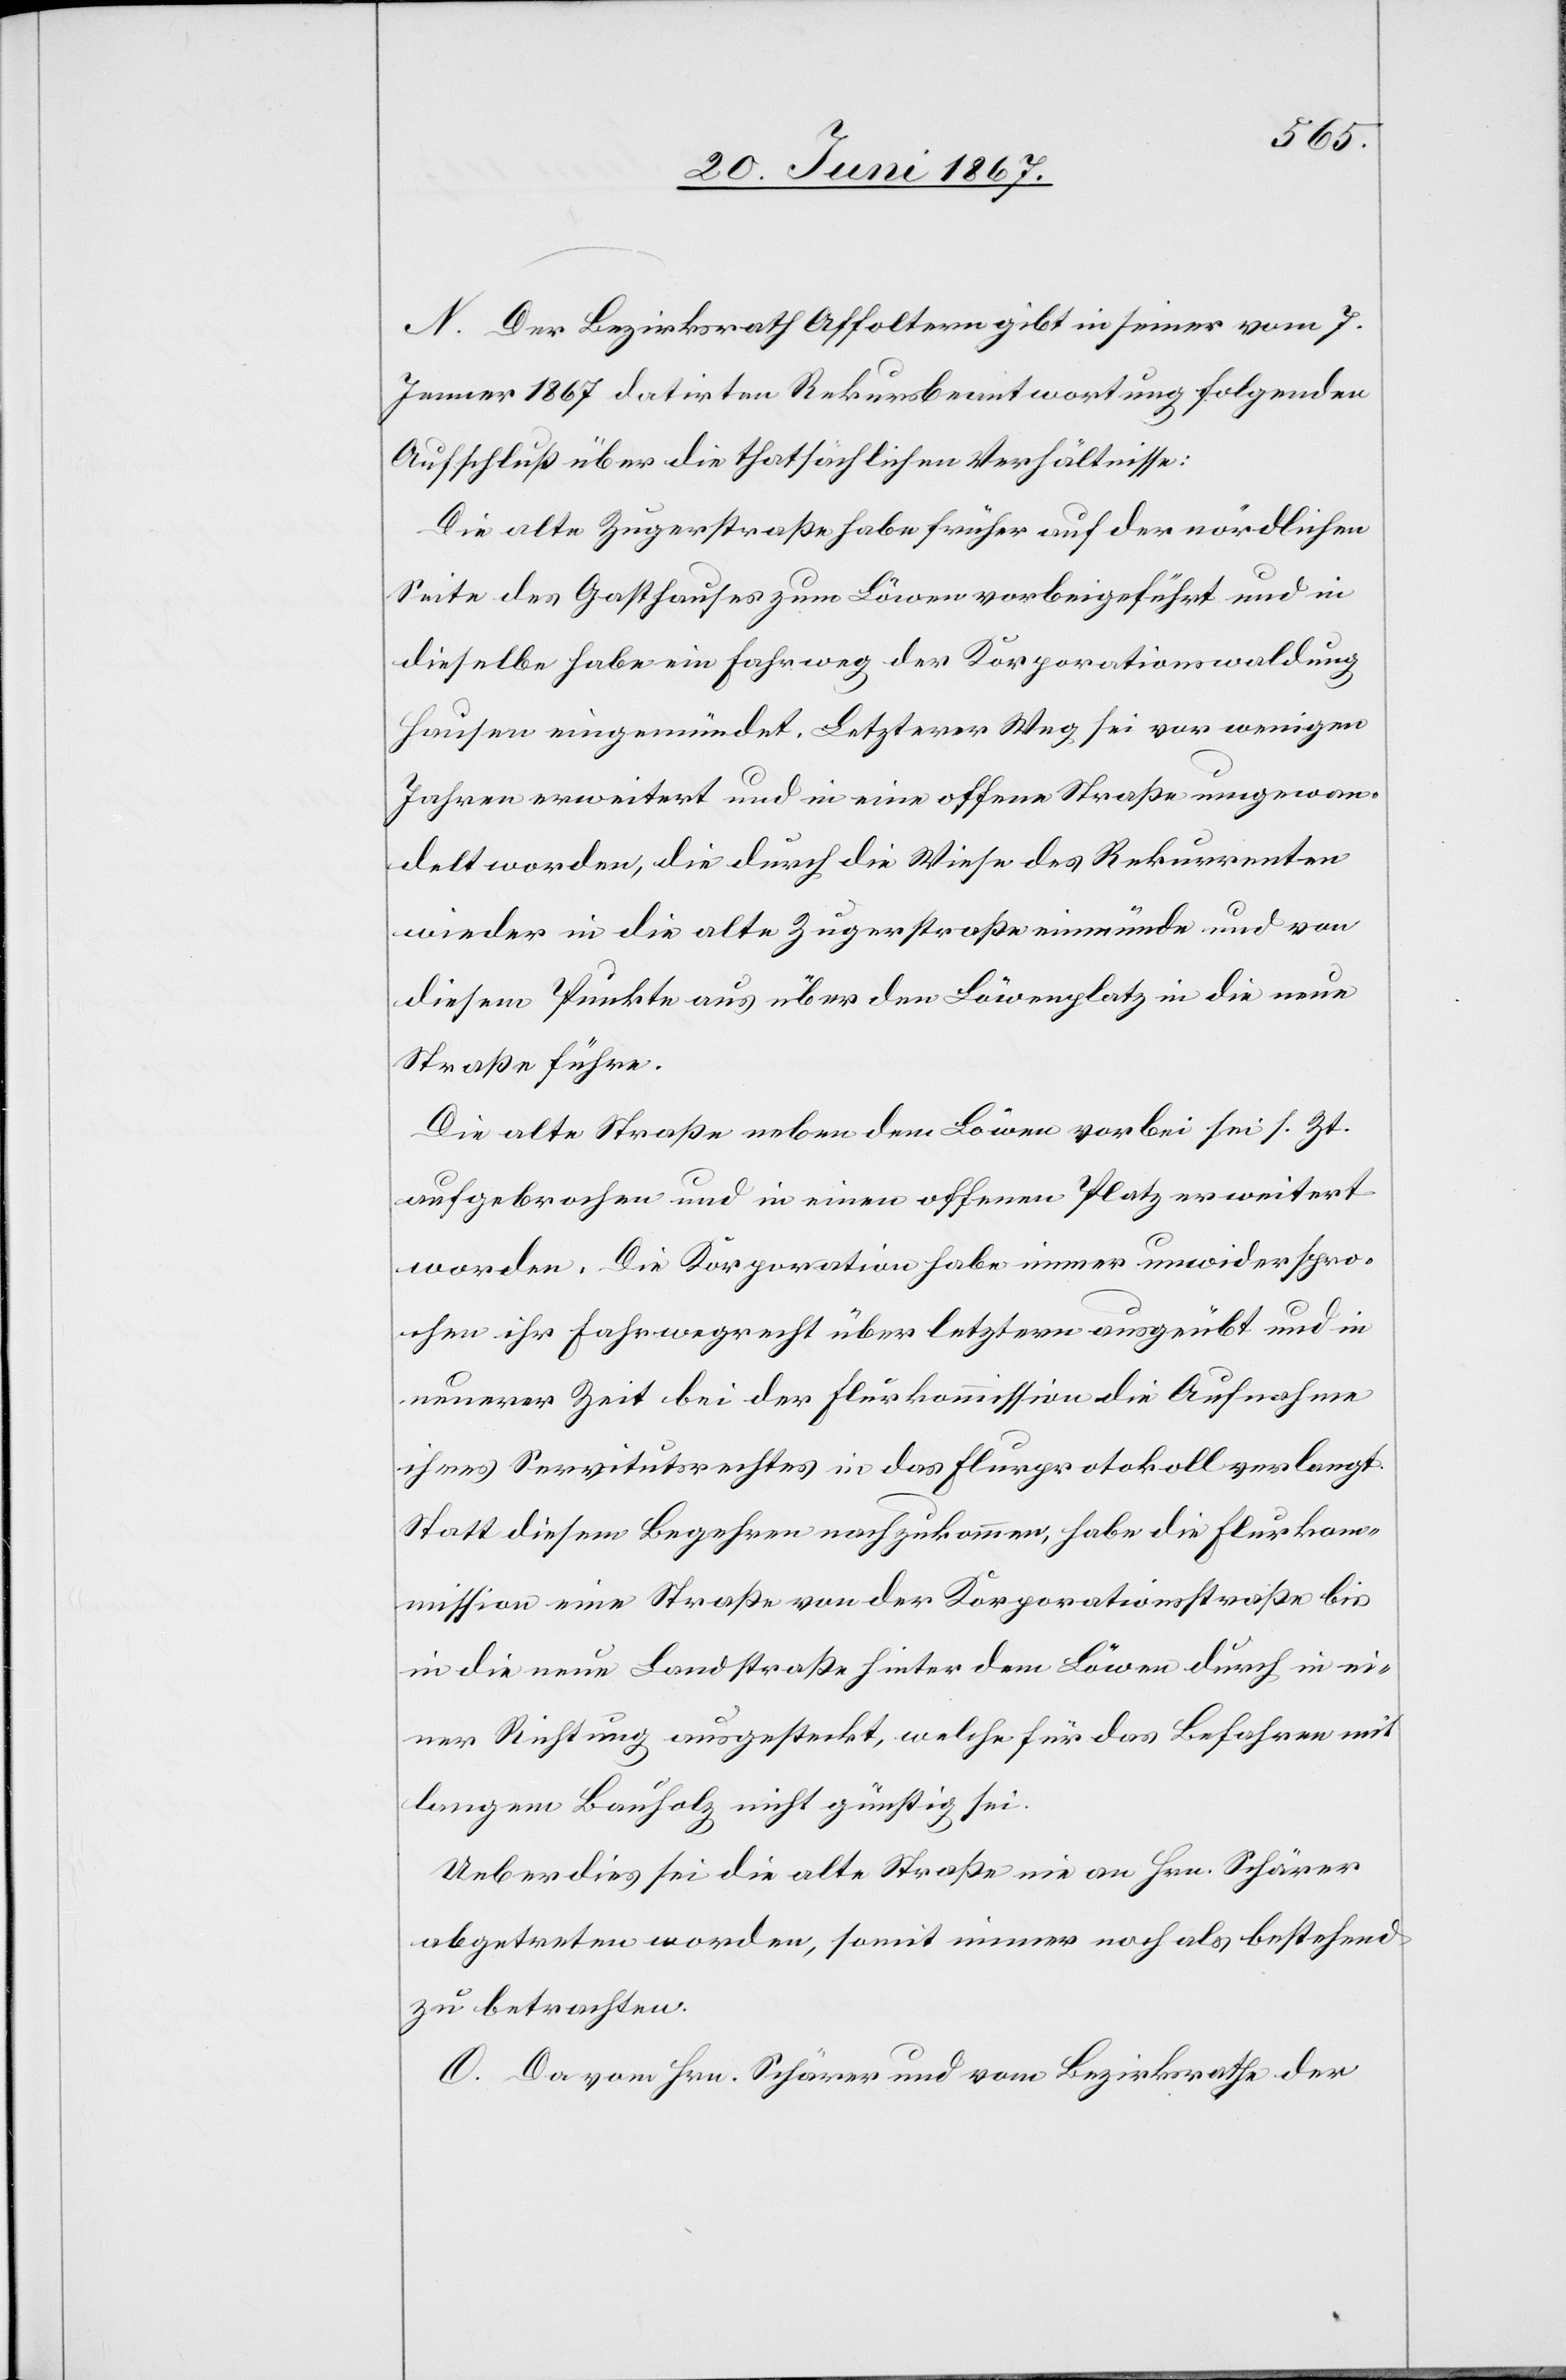
N. Der Bezirksrath Affoltern gibt in seiner vom 7.
Jenner 1867 datirten Rekursbeantwortung folgenden
Aufschluß über die thatsächlichen Verhältnisse:
Die alte Zugerstraße habe früher auf der nördlichen
Seite des Gasthauses zum Löwen vorbeigeführt und in
dieselbe habe ein Fahrweg der Korporationswaldung
Hausen eingemündet. Letzterer Weg sei vor wenigen
Jahren erweitert und in eine offene Straße umgewan¬
delt worden, die durch die Wiese des Rekurrenten
wieder in die alte Zugerstraße einmünde und von
diesem Punkte aus über den Löwenplatz in die neue
Straße führe.
Die alte Straße neben dem Löwen vorbei sei s. Zt.
aufgebrochen und in einen offenen Platz verwandelt
worden. Die Korporation habe immer unwiderspro¬
chen ihr Fahrwegrecht über letztern ausgeübt und in
neuerer Zeit bei der Flurkommission die Aufnahme
ihres Servitutsrechtes in das Flurprotokoll verlangt.
Statt diesem Begehren nachzukommen, habe die Flurkom¬
mission eine Straße von der Korporationsstraße bis
in die neue Landstraße hinter dem Löwen durch in ei¬
ner Richtung ausgesteckt, welche für das Befahren mit
langem Bauholz nicht günstig sei.
Ueberdies sei die alte Straße nie an Hrn. Schärer
abgetreten worden, somit immer noch als bestehend
zu betrachten.
O. Da von Hrn. Schärer und vom Bezirksrathe der